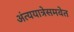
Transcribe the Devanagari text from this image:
अंत्ययात्रेसमवेत